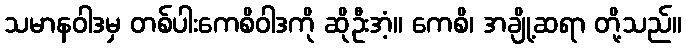
သမာနဝါဒမှ တစ်ပါးကေစိဝါဒကို ဆိုဦးအံ့။ ကေစိ၊ အချို့ဆရာ တို့သည်။